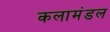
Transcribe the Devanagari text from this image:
कलामंडल